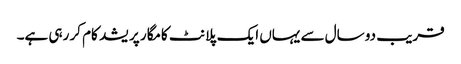
قریب دو سال سے یہاں ایک پلانٹ کامگار پریشد کام کر رہی ہے۔